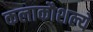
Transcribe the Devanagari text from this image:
कलाकौशल्ये